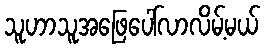
သူဟာသူအဖြေပေါ်လာလိမ့်မယ်